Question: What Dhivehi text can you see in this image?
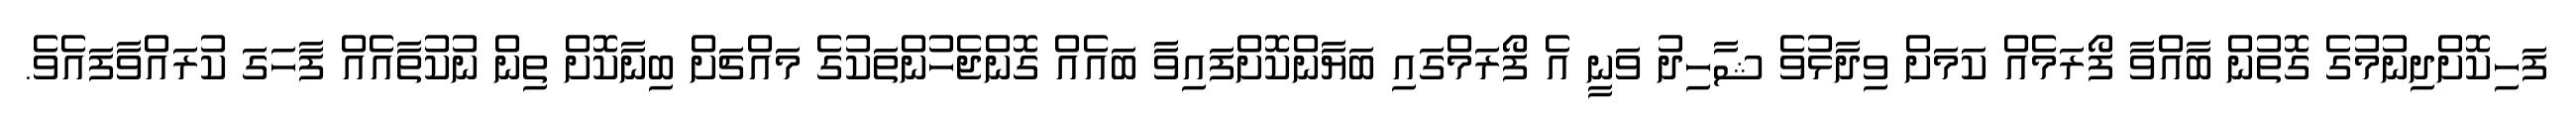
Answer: ފަހިކޮށްދިނުމުގެ ގޮތުން ބާއްވާ ފޯރަމެއް ކަމަށް ވިދާޅުވެ ޝާހިދު ވަނީ އެ ފޯރަމްގައި ބަޔާންކޮށްފައިވާ ބައެއް ގޮންޖެހުންތަކުގެ މައްޗަށް ބިނާކޮށް ތިން ނުކުތާއެއް ފާހަގަ ކުރައްވާފައެވެ.